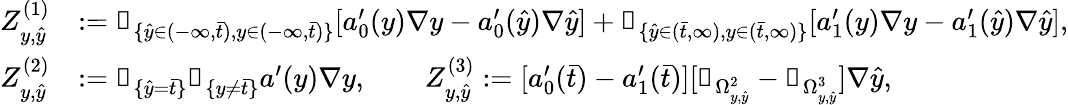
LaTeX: \begin{array}{rl}{Z_{y,\hat{y}}^{(1)}}&{:=\mathbb{1}_{\{ \hat{y}\in(-\infty,\bar{t}),y\in(-\infty,\bar{t})\} }[a_{0}^{\prime}(y)\nabla y-a_{0}^{\prime}(\hat{y})\nabla\hat{y}]+\mathbb{1}_{\{ \hat{y}\in(\bar{t},\infty),y\in(\bar{t},\infty)\} }[a_{1}^{\prime}(y)\nabla y-a_{1}^{\prime}(\hat{y})\nabla\hat{y}],}\\ {Z_{y,\hat{y}}^{(2)}}&{:=\mathbb{1}_{\{ \hat{y}=\bar{t}\} }\mathbb{1}_{\{ y\neq\bar{t}\} }a^{\prime}(y)\nabla y,\qquad Z_{y,\hat{y}}^{(3)}:=[a_{0}^{\prime}(\bar{t})-a_{1}^{\prime}(\bar{t})][\mathbb{1}_{\Omega_{y,\hat{y}}^{2}}-\mathbb{1}_{\Omega_{y,\hat{y}}^{3}}]\nabla\hat{y},}\end{array}